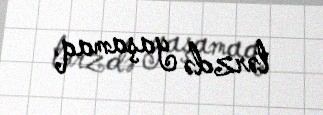
tərzdə yaşamaq.